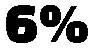
6%